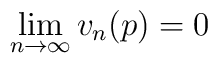
\lim_{n\to\infty} v_n(p) = 0